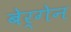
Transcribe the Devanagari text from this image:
बेर्गेन